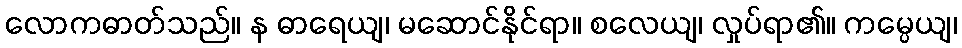
လောကဓာတ်သည်။ န ဓာရေယျ၊ မဆောင်နိုင်ရာ။ စလေယျ၊ လှုပ်ရာ၏။ ကမ္ပေယျ၊